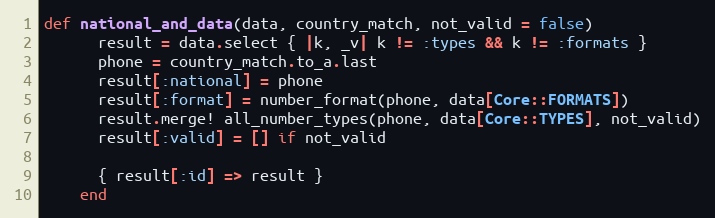
Language: Ruby
def national_and_data(data, country_match, not_valid = false)
      result = data.select { |k, _v| k != :types && k != :formats }
      phone = country_match.to_a.last
      result[:national] = phone
      result[:format] = number_format(phone, data[Core::FORMATS])
      result.merge! all_number_types(phone, data[Core::TYPES], not_valid)
      result[:valid] = [] if not_valid

      { result[:id] => result }
    end